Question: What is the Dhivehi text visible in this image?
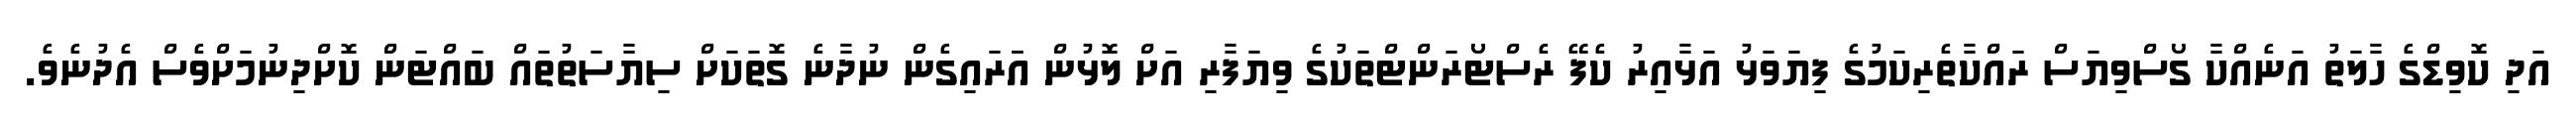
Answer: އަދި ކޮވިޑްގެ ހާލަތު އަނެއްކާ ގޯސްވިޔަސް ރައްކާތެރިކަމުގެ ފިޔަވަޅު އަޅާއިރު ކެފޭ ރެސްޓޯރަންޓްތަކުގެ ވިޔަފާރި އަށް ލޮޅުން އަަރައިގެން ނުދާނެ ގޮތަކަށް ސިޔާސަތުތައް ބައްޓަން ކޮށްދިނުމަށްވެސް އެދުނެވެ.